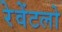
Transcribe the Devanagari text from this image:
रेवेंटलो